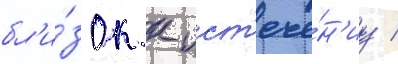
бл'и́зок к ист'ече́н'иу /